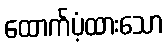
ထောက်ပံ့ထားသော